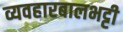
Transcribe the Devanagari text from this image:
व्यवहारबालभट्टी